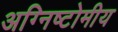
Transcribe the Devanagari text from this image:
अग्निष्टोमीय